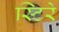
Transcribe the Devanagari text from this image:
स्टिरे